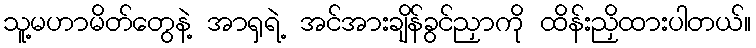
သူ့မဟာမိတ်တွေနဲ့ အာရှရဲ့ အင်အားချိန်ခွင်ညှာကို ထိန်းညှိထားပါတယ်။